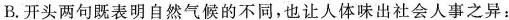
B.开头两句既表明自然气候的不同，也让人体味出社会人事之异：